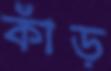
কাঁড়